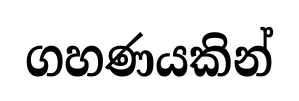
ගහණයකින්